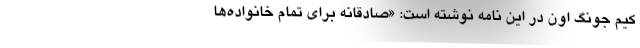
کیم جونگ اون در این نامه نوشته است: «صادقانه برای تمام خانواده‌ها